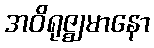
အဝိရုဇ္ဈမာနော